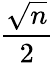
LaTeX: \frac{\sqrt{n}}{2}